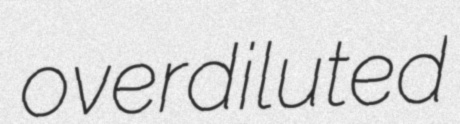
overdiluted